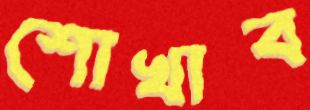
শোখাব